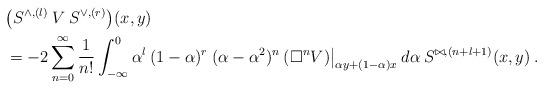
LaTeX: \begin{align*}&\big( S^{\wedge, (l)} \:V\: S^{\vee, (r)} \big)(x,y) \\&= -2\sum_{n=0}^\infty \frac{1}{n!}\int_{-\infty}^0 \alpha^{l} \:(1-\alpha)^r\:(\alpha - \alpha^2)^n \: (\Box^n V) \big|_{\alpha y + (1-\alpha) x} \:d\alpha\:S^{\bowtie, (n+l+1)}(x,y) \:.\end{align*}